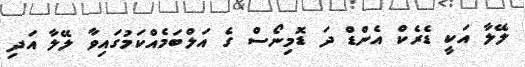
ލޭލާ އަކީ ޑެރެކް އެންޑް ދަ ޑޮމިނޯސް ގެ އަލްބަމެއްކަމުގައިވާ ލޭލާ އަދި